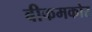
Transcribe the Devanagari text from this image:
बीकमकोर